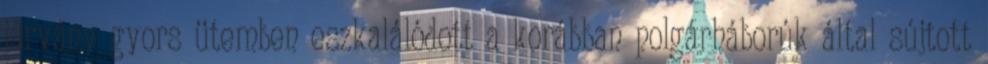
járvány gyors ütemben eszkalálódott a korábban polgárháborúk által sújtott